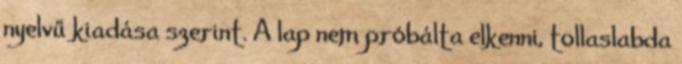
nyelvű kiadása szerint. A lap nem próbálta elkenni, tollaslabda